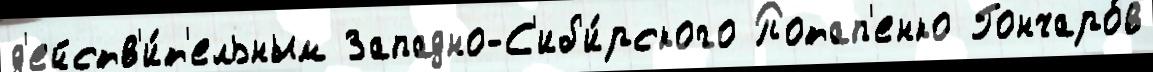
д'ейств'и́т'ельным Западно-С'иб'и́рского Потап'енко Гончаро́в